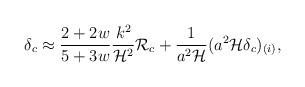
\begin{align*}\delta_c \approx {2+2 w\over 5+3 w}{k^2\over {\cal H}^2}{\cal R}_c + {1\over a^2{\cal H}}(a^2{\cal H}\delta_c)_{(i)},\end{align*}